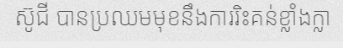
ស៊ូជី បានប្រឈមមុខនឹងការរិះគន់ខ្លាំងក្លា